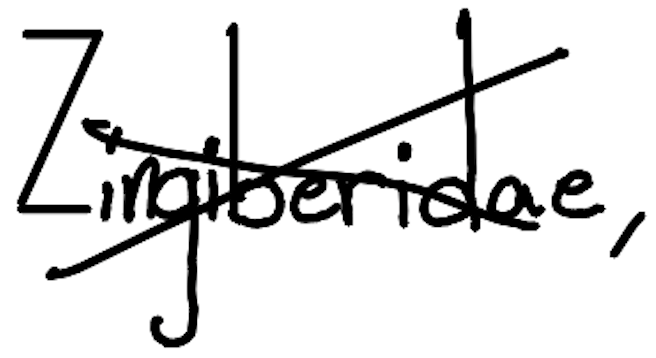
Text: Zingiberidae,
Cross-out: cross
Writing tool: digital_black